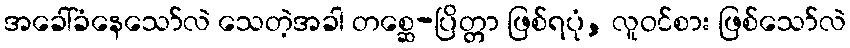
အခေါ်ခံနေသော်လဲ သေတဲ့အခါ တစ္ဆေ-ပြိတ္တာ ဖြစ်ရပုံ, လူဝင်စား ဖြစ်သော်လဲ